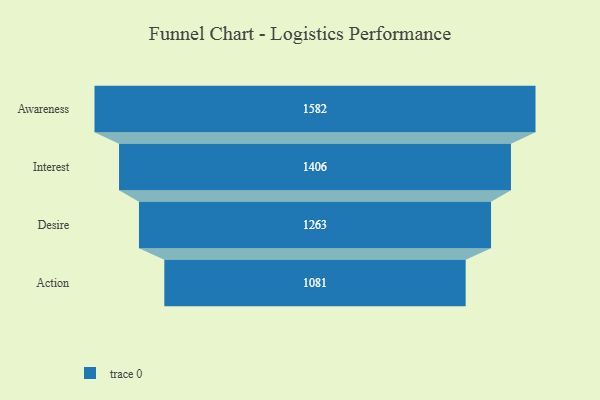
{"axis": {"x": "Stage", "y": "Value"}, "legend": [""], "data": [{"x": "Awareness", "y": 1582.0, "type": ""}, {"x": "Interest", "y": 1406.0, "type": ""}, {"x": "Desire", "y": 1263.0, "type": ""}, {"x": "Action", "y": 1081.0, "type": ""}]}